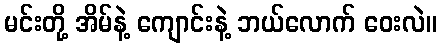
မင်းတို့ အိမ်နဲ့ ကျောင်းနဲ့ ဘယ်လောက် ဝေးလဲ။